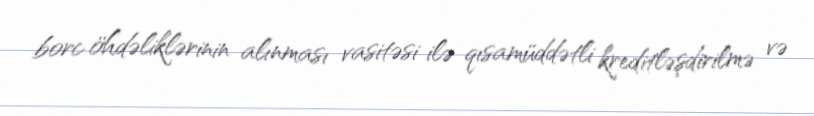
borc öhdəliklərinin alınması vasitəsi ilə qısamüddətli kreditləşdirilmə və